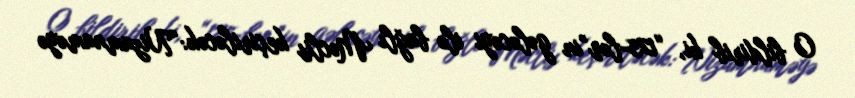
O bildirib ki, “125-lər”in gələcəyi ilə bağlı Məclis keçiriləcək:“Nizamnaməyə